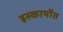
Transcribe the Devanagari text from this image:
इस्कायोंत